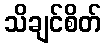
သိချင်စိတ်